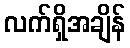
လက်ရှိအချိန်